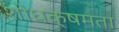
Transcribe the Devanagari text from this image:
शोधक्षमता